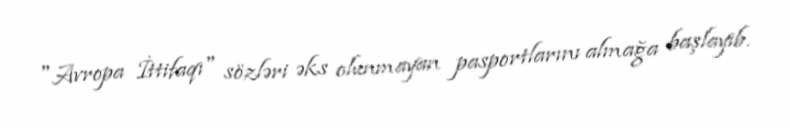
"Avropa İttifaqı" sözləri əks olunmayan pasportlarını almağa başlayıb.